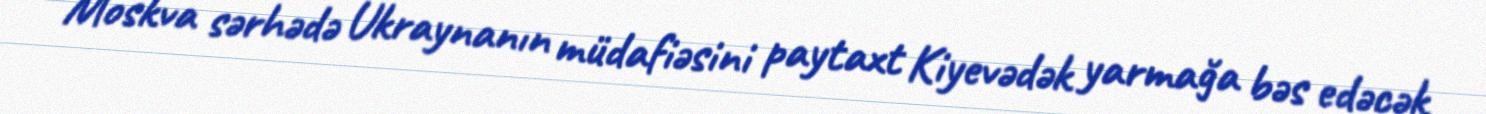
Moskva sərhədə Ukraynanın müdafiəsini paytaxt Kiyevədək yarmağa bəs edəcək